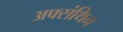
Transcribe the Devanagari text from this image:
अफ्संथिन